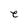
Character: e